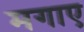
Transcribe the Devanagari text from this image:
मगाए